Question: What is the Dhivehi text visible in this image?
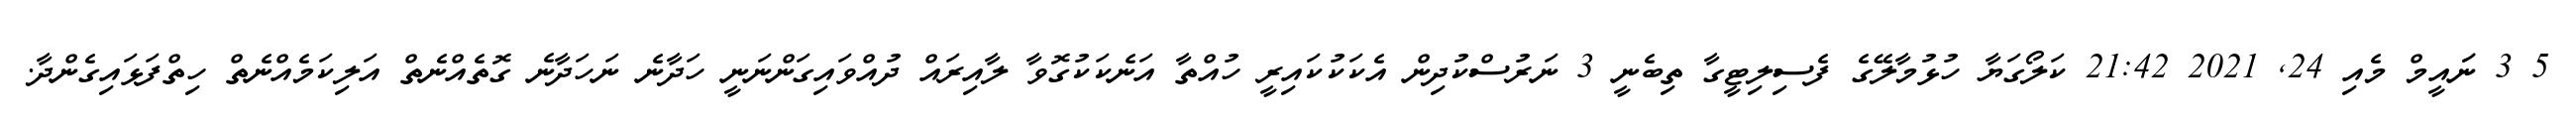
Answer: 5 3 ނަައީމް މެއި 24, 2021 21:42 ކަލޯގަޔާ ހުޅުމާލޭގެ ފެސިލިޓީގާ ތިބެނީ 3 ނަރުސްކުދިން އެކަކުކައިރީ ހުއްތާ އަނެކަކުގޮވާ ލާއިރައް ދުއްވައިގަންނަނީ ހަދާނެ ނަހަދާނެ ގޮތެއްނެތް އަލިކަމެއްނެތް ހިތްފަޅައިގެންދާ.